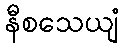
နီစသေယျံ